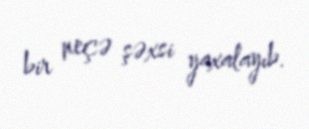
bir neçə şəxsi yaxalayıb.